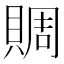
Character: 賙